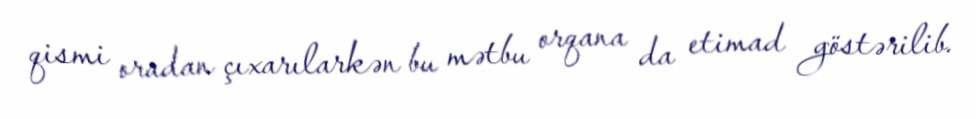
qismi oradan çıxarılarkən bu mətbu orqana da etimad göstərilib.